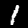
Digit: 1